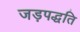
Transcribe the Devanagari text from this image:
जड़पद्धति